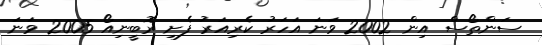
ސަންތޯސް އިން 2002 ވަނަ އަހަރު ކެރިއަރު ފެށި ރޮބީނިއޯ 2005 ވަނަ